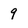
Character: 9